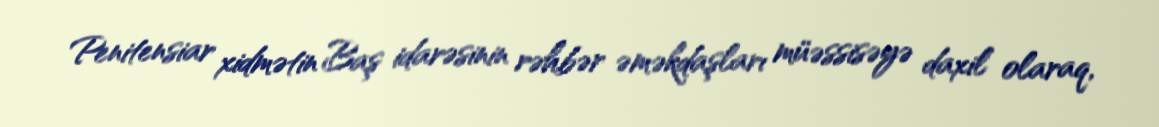
Penitensiar xidmətin Baş idarəsinin rəhbər əməkdaşları müəssisəyə daxil olaraq,